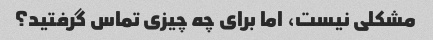
مشکلی نیست، اما برای چه چیزی تماس گرفتید؟